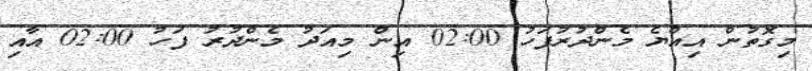
މިގޮތުން އިއްޔެ މެންދުރުފަހު 02:00 އިން މިއަދު މެންދުރު ފަހު 02:00 އާއި